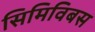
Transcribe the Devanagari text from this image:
सिमिविबस